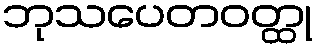
ဘုသပေတဝတ္ထု